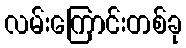
လမ်းကြောင်းတစ်ခု